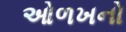
ઓળખનો